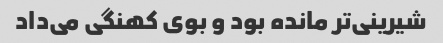
شیرینی‌تر مانده بود و بوی کهنگی می‌داد